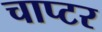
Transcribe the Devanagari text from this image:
चाप्टर